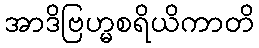
အာဒိဗြဟ္မစရိယိကာတိ